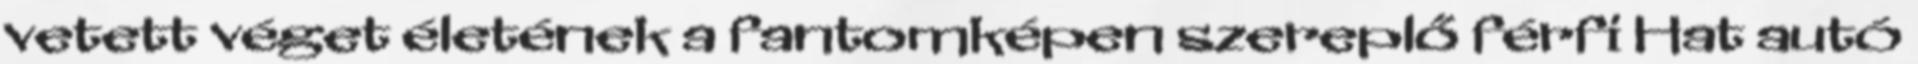
vetett véget életének a fantomképen szereplő férfi Hat autó